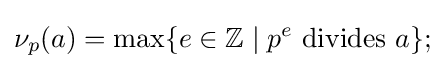
\nu _{p}(a)=\max\{e\in \mathbb {Z} \mid p^{e}{\text{ divides }}a\};